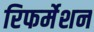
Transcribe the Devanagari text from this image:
रिफर्मेशन